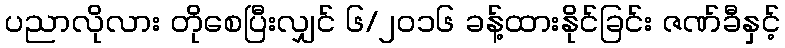
ပညာလိုလား တိုစေပြီးလျှင် ၆/၂၀၁၆ ခန့်ထားနိုင်ခြင်း ဇဏ်ခီနှင့်